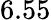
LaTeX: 6.55